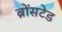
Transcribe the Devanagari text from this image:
ब्रोंसटेड